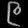
Digit: ၉